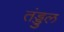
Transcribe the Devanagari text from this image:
तंड्डुल